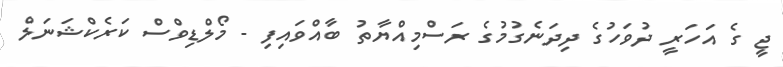
ޖީ ގެ އަހަރީ ދުވަހުގެ ދިދަނެގުމުގެ ރަސްމިއްޔާތު ބާއްވައިފި - މޯލްޑިވްސް ކަރެކްޝަނަލް